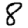
Digit: 8